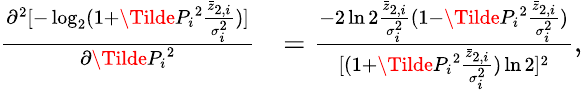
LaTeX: \begin{array}{rl}{\frac{\partial^{2}[-\log_{2}(1+\Tilde{P_{i}}^{2}\frac{\bar{z}_{2,i}}{\sigma_{i}^{2}})]}{\partial\Tilde{P_{i}}^{2}}}&{=\frac{-2\ln 2\frac{\bar{z}_{2,i}}{\sigma_{i}^{2}}(1-\Tilde{P_{i}}^{2}\frac{\bar{z}_{2,i}}{\sigma_{i}^{2}})}{[(1+\Tilde{P_{i}}^{2}\frac{\bar{z}_{2,i}}{\sigma_{i}^{2}})\ln 2]^{2}},}\end{array}